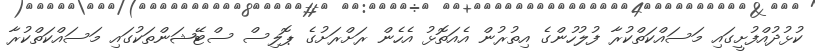
ކުޅުދުއްފުށީގައި މަސައްކަތްކުރާ ފުލުހުންގެ އިތުރުން އެއަތޮޅު އެހެން ރަށްރަށުގެ ޕޮލިސް ސްޓޭޝަންތަކުގައި މަސައްކަތްކުރާ